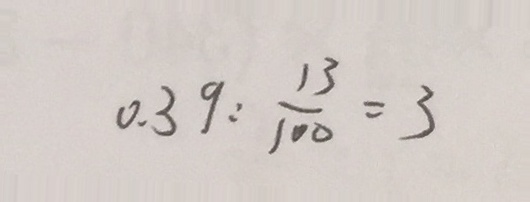
0 . 3 9 : \frac { 1 3 } { 1 0 0 } = 3